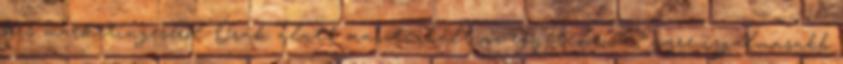
kis marketingeséről. Órák alatt maszturbált az egyetemen? Egyre izgalmasabb